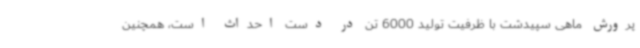
پرورش ماهی سپیدشت با ظرفیت تولید 6000 تن در دست احداث است، همچنین